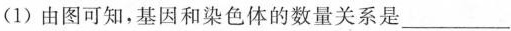
(1)由图可知，基因和染色体的数量关系是___